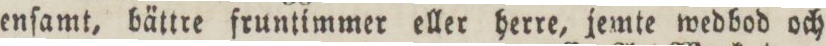
enſamt, bättre fruntimmer eller herre, jemte wedbod och